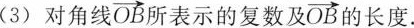
(3)对角线 $$\overrightarrow{OB}$$ 所表示的复数及 $$\overrightarrow{OB}$$ 的长度。